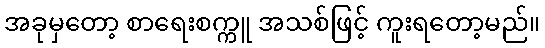
အခုမှတော့ စာရေးစက္ကူ အသစ်ဖြင့် ကူးရတော့မည်။